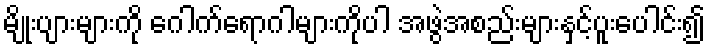
မျိုးပျားများကို ဂေါက်ရောဂါများကိုပါ အဖွဲအစည်းများနှင့်ပူးပေါင်း၍